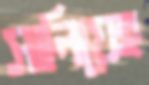
সালিয়েহ